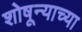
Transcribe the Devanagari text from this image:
शोषून्याच्या